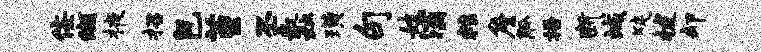
佞缬掖招包堇丕蠡璜句妓灞粮詹觚梧断城陡拔却